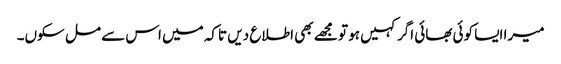
میرا ایسا کوئی بھائی اگر کہیں ہو تو مجھے بھی اطلاع دیں تاکہ میں اس سے مل سکوں۔